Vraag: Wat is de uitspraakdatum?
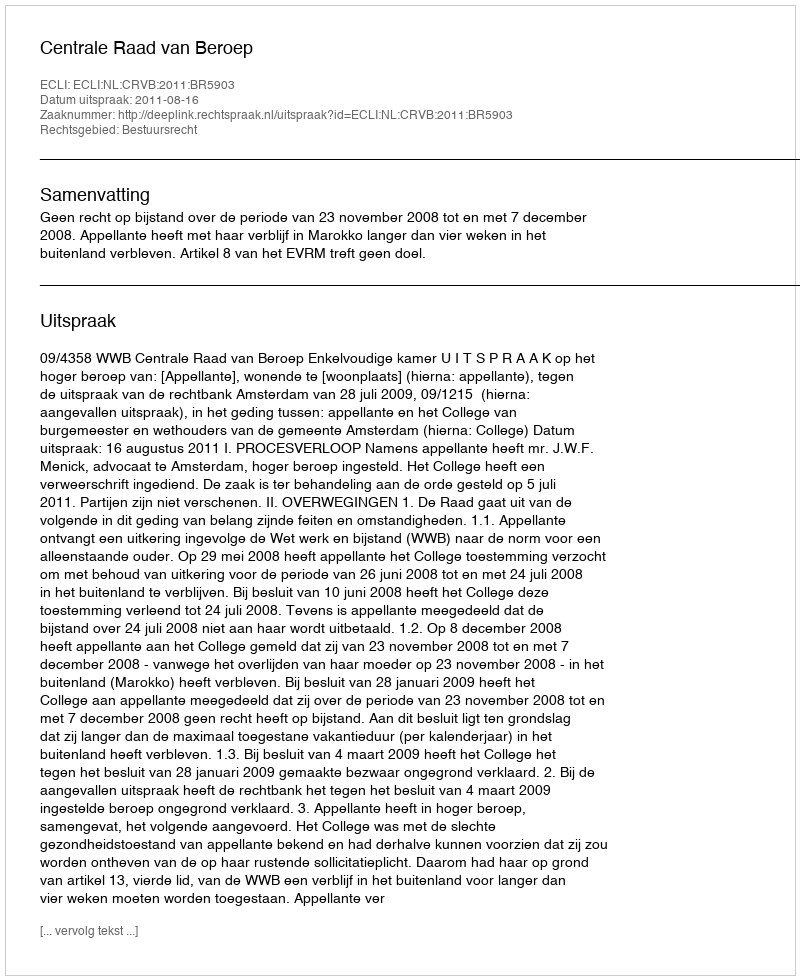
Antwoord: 2011-08-16